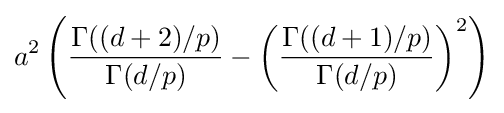
a^{2}\left({\frac {\Gamma ((d+2)/p)}{\Gamma (d/p)}}-\left({\frac {\Gamma ((d+1)/p)}{\Gamma (d/p)}}\right)^{2}\right)